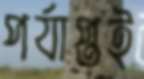
পর্যাপ্তই